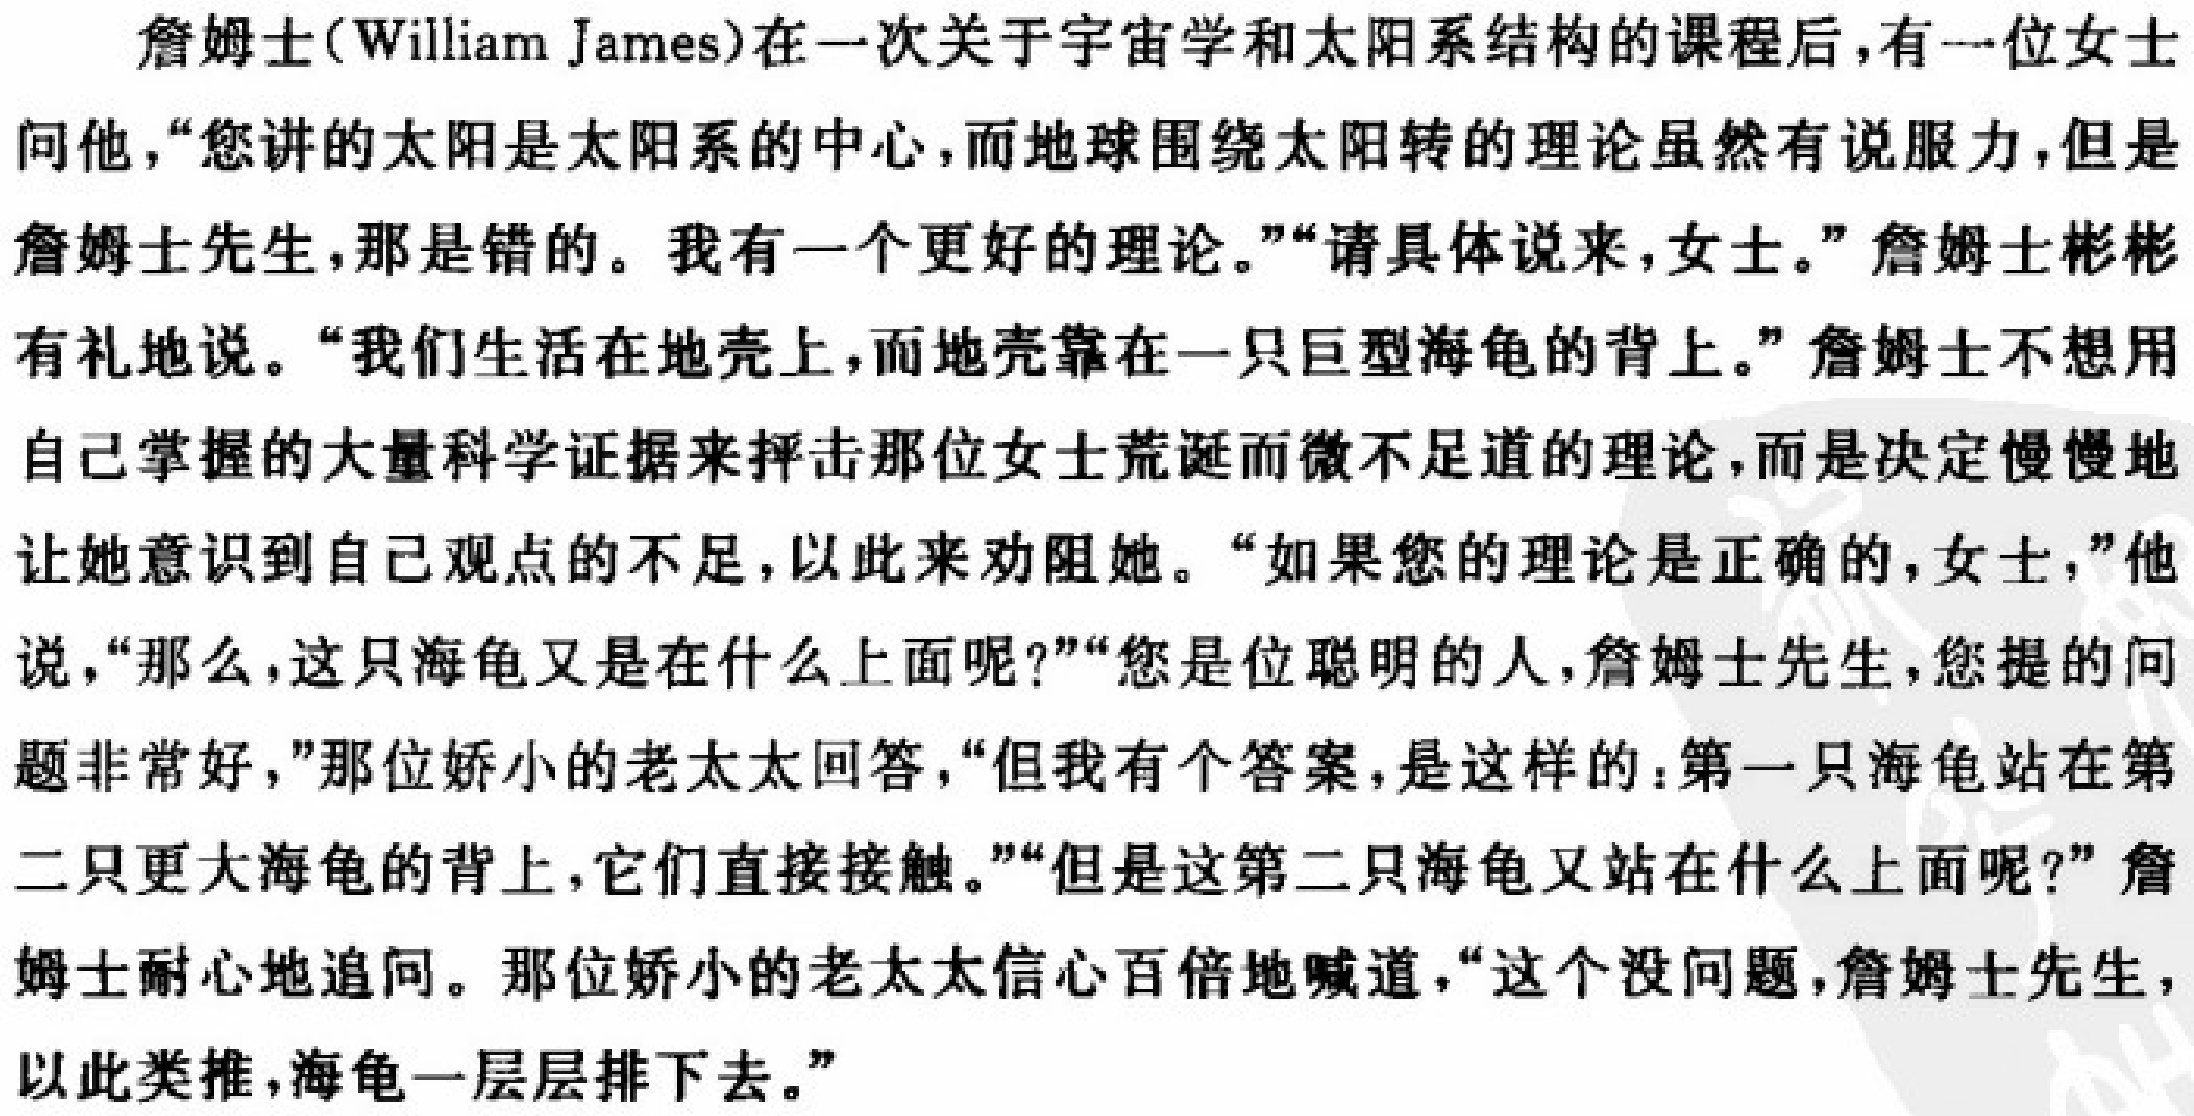
詹姆士(William James)在一次关于宇宙学和太阳系结构的课程后,有一位女士问他,“您讲的太阳是太阳系的中心,而地球围绕太阳转的理论虽然有说服力,但是詹姆士先生,那是错的。我有一个更好的理论。”“请具体说来,女士。”詹姆士彬彬有礼地说。“我们生活在地壳上,而地壳靠在一只巨型海龟的背上。”詹姆士不想用自己掌握的大量科学证据来抨击那位女士荒诞而微不足道的理论,而是决定慢慢地让她意识到自己观点的不足,以此来劝阻她。“如果您的理论是正确的,女士,”他说,“那么,这只海龟又是在什么上面呢?”“您是位聪明的人,詹姆士先生,您提的问题非常好,”那位娇小的老太太回答,“但我有个答案,是这样的：第一只海龟站在第二只更大海龟的背上,它们直接接触。”“但是这第二只海龟又站在什么上面呢?”詹姆士耐心地追问。那位娇小的老太太信心百倍地喊道,“这个没问题,詹姆士先生,以此类推,海龟一层层排下去。”